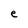
Character: e